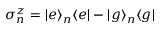
\sigma _ { n } ^ { z } = | e \rangle _ { n } \langle e | - | g \rangle _ { n } \langle g |